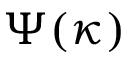
\Psi ( \kappa )